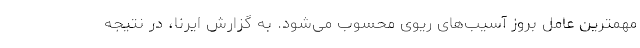
مهمترین عامل بروز آسیب‌های ریوی محسوب می‌شود. به گزارش ایرنا، در نتیجه